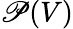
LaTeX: \mathscr{P}(V)